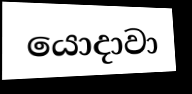
යොදාවා